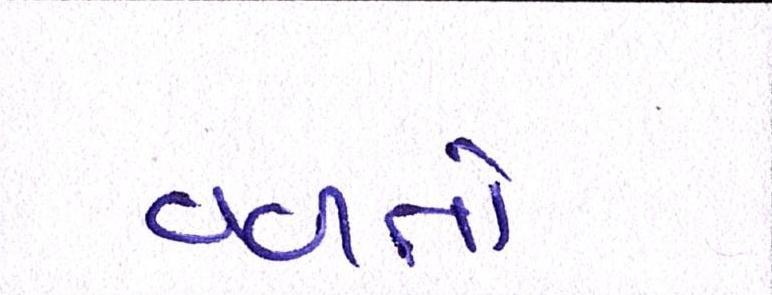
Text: વળતો